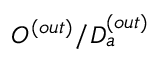
O ^ { ( o u t ) } / D _ { a } ^ { ( o u t ) }